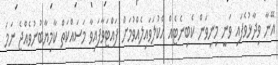
އޭނާ ވިދާޅުވެފައި ވަނީ މިނިވަން ކެބިނެޓެއް އެކުލަވައިލެއްވުމަށް ފައްޓަވާފައިވާ މަސައްކަތް ކާމިޔާބުނުވެއްޖެ ނަމަ